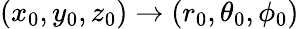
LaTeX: (x_{0},y_{0},z_{0})\rightarrow(r_{0},\theta_{0},\phi_{0})